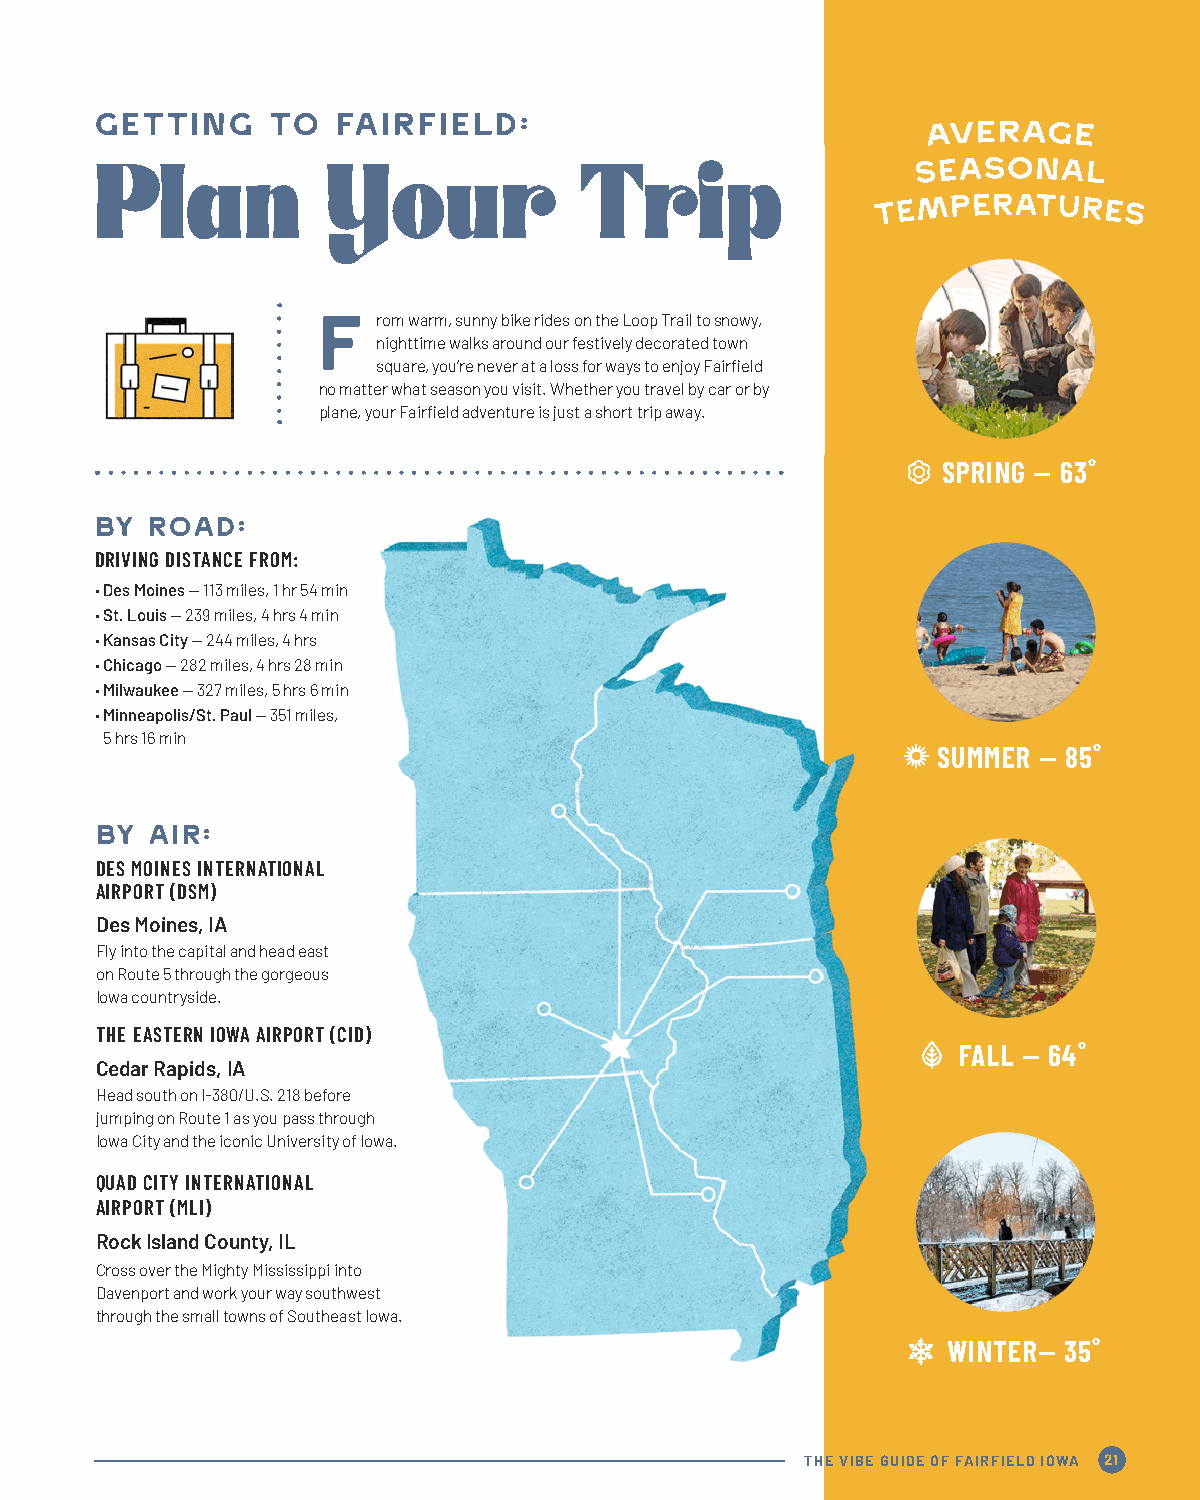
AT HOME STORE
 Getting     to  Fairfield:
 Plan            Your            Trip
 F
 rom warm, sunny bike rides on the Loop Trail to snowy,
 nighttime walks around our festively decorated town
 square, you’re never at a loss for ways to enjoy Fairfield
 no matter what season you visit. Whether you travel by car or by
 plane, your Fairfield adventure is just a short trip away.
 SPRING — 63˚
 BY  ROAD:
 DRIVING DISTANCE FROM:
 • Des Moines — 113 miles, 1 hr 54 min
 • St. Louis — 239 miles, 4 hrs 4 min
 • Kansas City — 244 miles, 4 hrs
 • Chicago — 282 miles, 4 hrs 28 min
 • Milwaukee — 327 miles, 5 hrs 6 min
 • Minneapolis/St. Paul — 351 miles,
 5 hrs 16 min
 SUMMER — 85˚
 BY  AIR:
 DES MOINES INTERNATIONAL
 AIRPORT (DSM)
 Des Moines, IA
 Fly into the capital and head east
 on Route 5 through the gorgeous
 Iowa countryside.
 THE EASTERN IOWA AIRPORT (CID)
 FALL — 64˚
 Cedar Rapids, IA
 Head south on I-380/U.S. 218 before
 jumping on Route 1 as you pass through
 Iowa City and the iconic University of Iowa.
 QUAD CITY INTERNATIONAL
 AIRPORT (MLI)
 Rock Island County, IL
 Cross over the Mighty Mississippi into
 Davenport and work your way southwest
 through the small towns of Southeast Iowa.
 WINTER— 35˚
 ADELA’S
 THE VIBE GUIDE OF FAIRFIELD IOWA 21